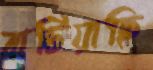
বাটিয়াছি